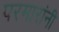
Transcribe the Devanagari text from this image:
परमारांनी